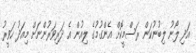
އަދި ލޯނު ލިބުނުކަން ރަސްމީކޮށް އެންގުމުގެ ލިއުން އެ ދަރިވަރުންނަށް މިއަދު ހަވީރު